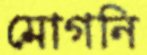
মোগনি